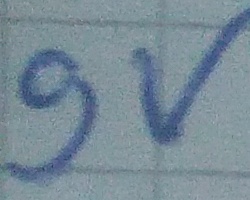
Text: 9V